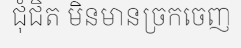
ជុំជិត មិនមានច្រកចេញ